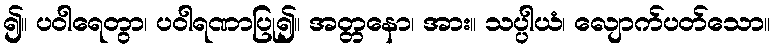
၍။ ပဝါရေတွာ၊ ပဝါရဏာပြု၍။ အတ္တနော၊ အား။ သပ္ပါယံ၊ လျောက်ပတ်သော။